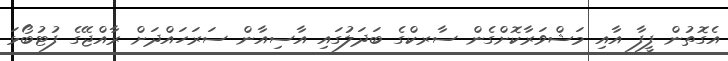
އެގޮތުން ފީފާ އާއި މަޝްވަރާކޮށްގެން ސާރކްގެ ބަދަލުގައި އާސިއާން ސަރަހައްދަށް ރާއްޖޭގެ ފުޓުބޯޅަ